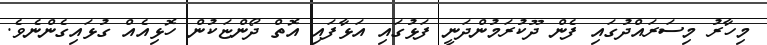
މިހާރު މިސަރައްދުގައި ފެން ދޫކުރަމުންދަނީ ފަޅުގައި އަޅާފައި އޮތް ދޯންޏަކުން ހޮޅިއެއް ގުޅައިގެންނެވެ.